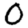
Digit: 0